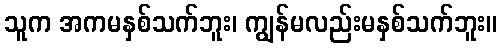
သူက အကမနှစ်သက်ဘူး၊ ကျွန်မလည်းမနှစ်သက်ဘူး။